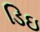
ડિઇ